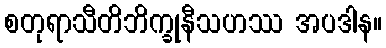
စတုရာသီတိဘိက္ခုနီသဟဿ အပဒါန။